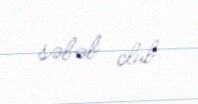
səbəb olub.